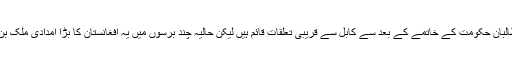
نئی دہلی کے طالبان حکومت کے خاتمے کے بعد سے کابل سے قریبی تعلقات قائم ہیں لیکن حالیہ چند برسوں میں یہ افغانستان کا بڑا امدادی ملک بن کے ابھرا ہے۔